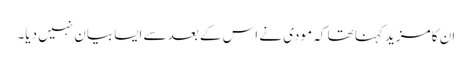
ان کا مزید کہنا تھا کہ مودی نے اس کے بعد سے ایسا بیان نہیں دیا۔